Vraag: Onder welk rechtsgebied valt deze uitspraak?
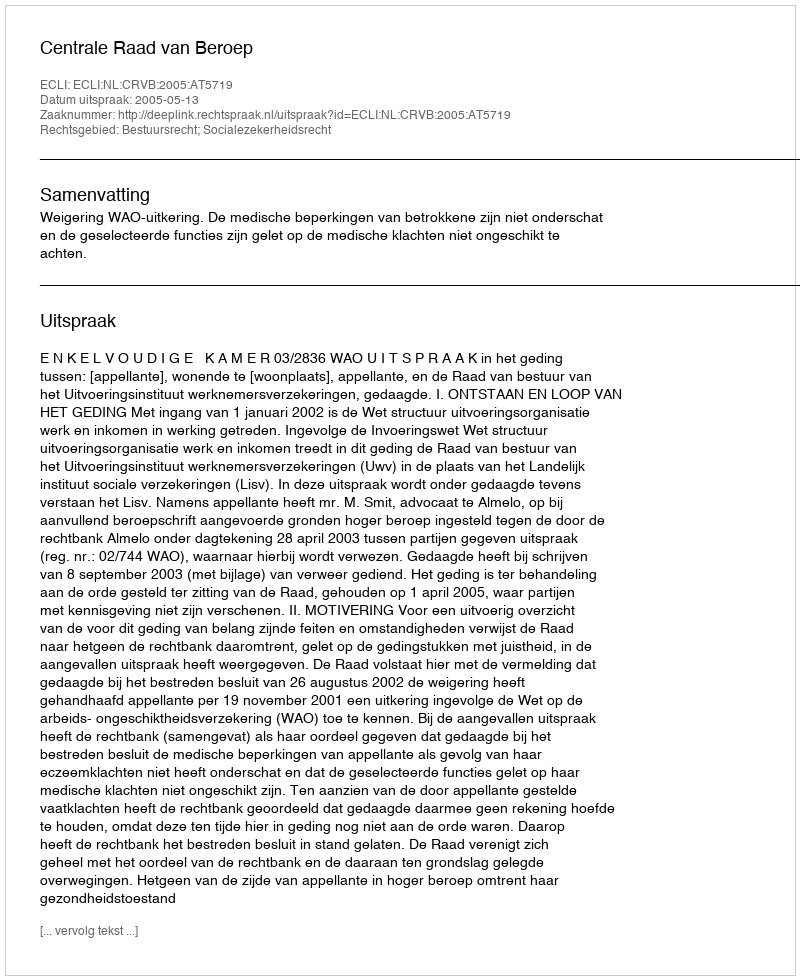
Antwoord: Bestuursrecht; Socialezekerheidsrecht